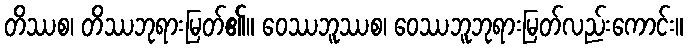
တိဿစ၊ တိဿဘုရားမြတ်၏။ ဝေဿဘူဿစ၊ ဝေဿဘူဘုရားမြတ်လည်းကောင်း။